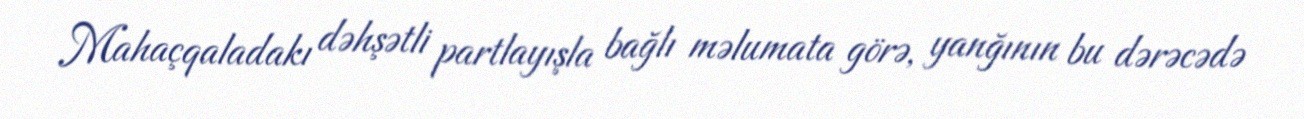
Mahaçqaladakı dəhşətli partlayışla bağlı məlumata görə, yanğının bu dərəcədə